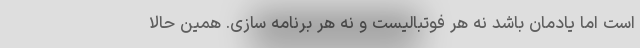
است اما یادمان باشد نه هر فوتبالیست و نه هر برنامه سازی. همین حالا